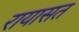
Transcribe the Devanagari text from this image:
रायासत